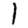
Digit: 1